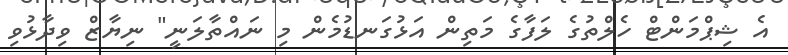
އެ ޝިޕްމަންޓް ހެލްތުގެ ލަފާގެ މަތިން އަޅުގަނޑުމެން މި ނައްތާލަނީ" ނިޔާޒް ވިދާޅުވި